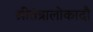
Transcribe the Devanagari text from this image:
श्रीतंत्रालोकादौ